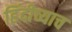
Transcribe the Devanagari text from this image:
हिंदीच्याच